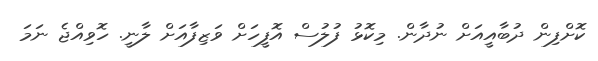
ކޮށްފިން ދުބާއީއަށް ނުދާން. މިކޮޅު ފުލުސް އޮފީހަށް ވަޒިފާއަށް ލާނީ. ހޮވިއްޖެ ނަމަ